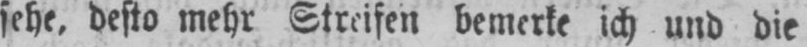
sehe, desto mehr Streifen bemerke ich und die